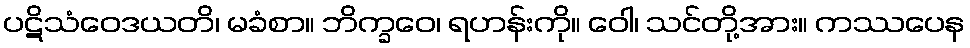
ပဋိသံဝေဒယတိ၊ မခံစာ။ ဘိက္ခဝေ၊ ရဟန်းကို။ ဝေါ၊ သင်တို့အား။ ကဿပေန